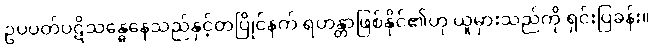
ဥပပတ်ပဋိသန္ဓေနေသည်နှင့်တပြိုင်နက် ရဟန္တာဖြစ်နိုင်၏ဟု ယူမှားသည်ကို ရှင်းပြခန်း။